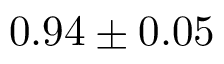
0 . 9 4 \pm 0 . 0 5